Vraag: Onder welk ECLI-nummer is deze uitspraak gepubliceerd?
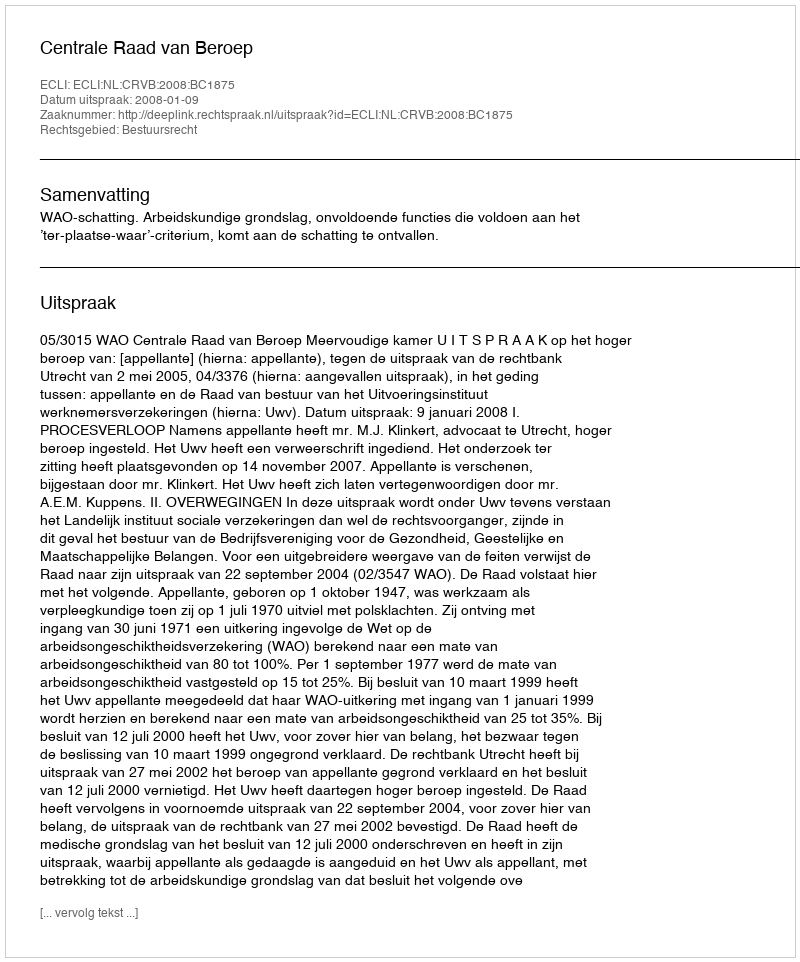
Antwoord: ECLI:NL:CRVB:2008:BC1875